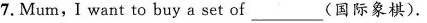
7.Mum,I want to buy a set of _(国际象棋).